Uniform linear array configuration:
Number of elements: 24
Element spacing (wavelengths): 0.25
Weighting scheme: uniform
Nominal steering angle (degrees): -60
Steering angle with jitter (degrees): -60.204
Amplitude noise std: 0.05
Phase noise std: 0.05

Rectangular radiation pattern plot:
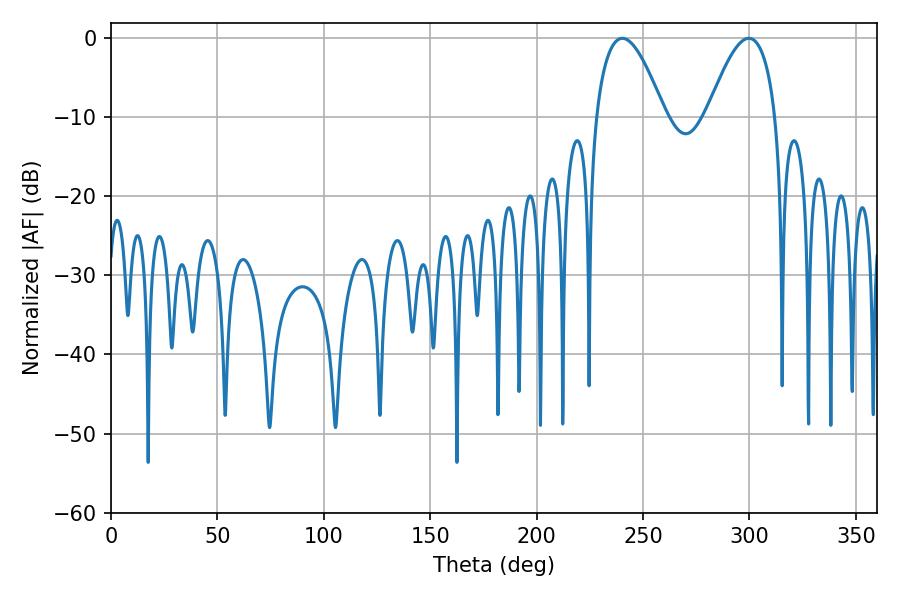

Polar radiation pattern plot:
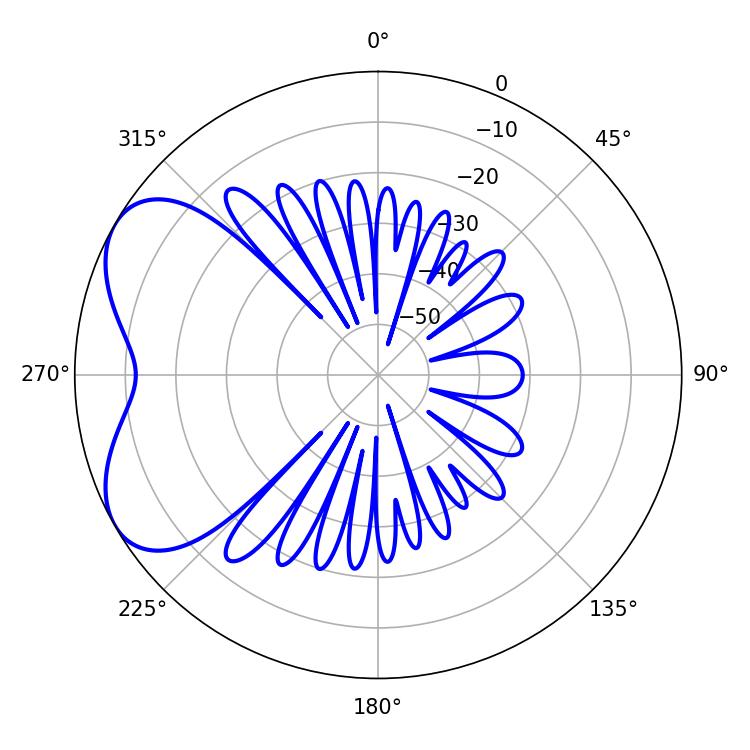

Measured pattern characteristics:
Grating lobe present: FALSE
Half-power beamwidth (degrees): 17.64
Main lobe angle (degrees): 240.3